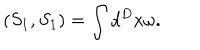
\left( S _ { 1 } , S _ { 1 } \right) = \int d ^ { D } x \omega .